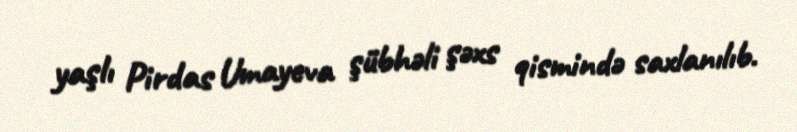
yaşlı Pirdas Umayeva şübhəli şəxs qismində saxlanılıb.